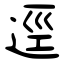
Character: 逕